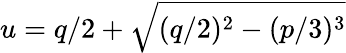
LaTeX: u=q/2+{\sqrt{(q/2)^{2}-(p/3)^{3}}}